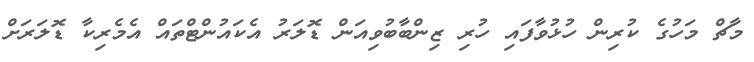
މާޗް މަހުގެ ކުރިން ހުޅުވާފައި ހުރި ޒިންބާބުވިއަން ޑޮލަރު އެކައުންޓްތައް އެމެރިކާ ޑޮލަރަށް